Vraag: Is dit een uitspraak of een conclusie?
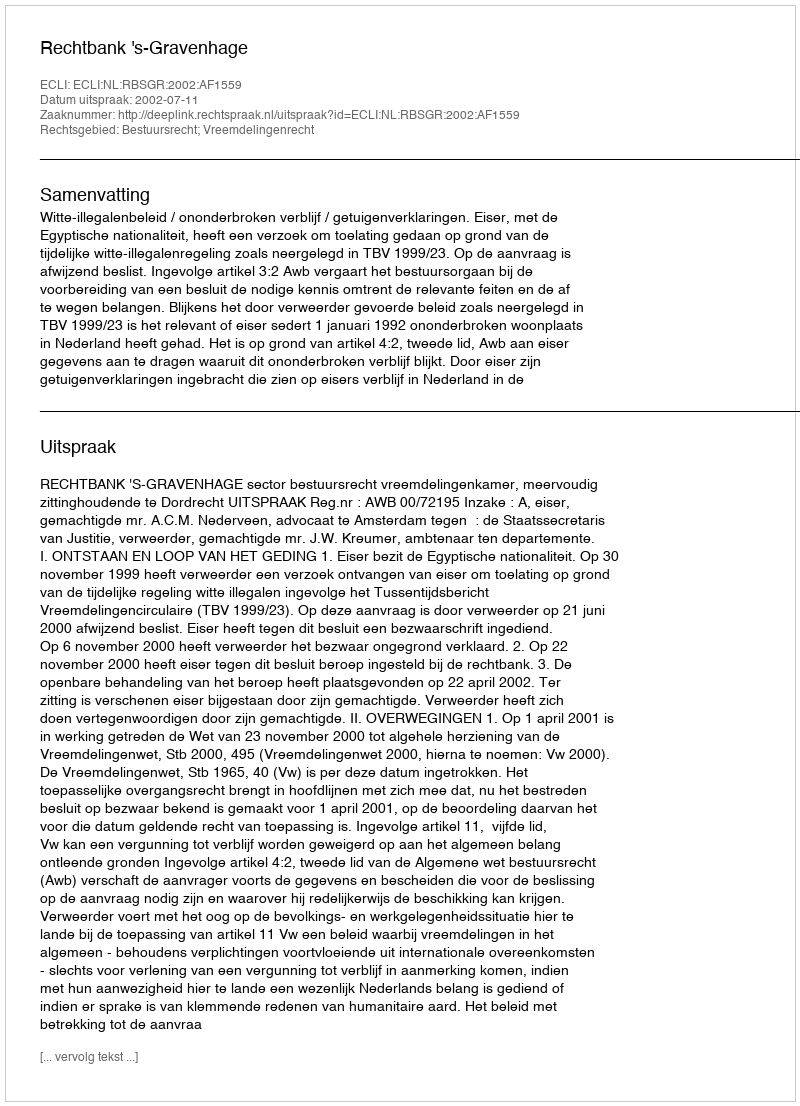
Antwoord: Uitspraak